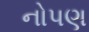
નોપણ